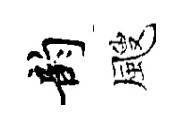
韵颼